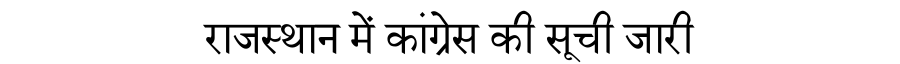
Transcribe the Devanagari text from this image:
राजस्थान में कांग्रेस की सूची जारी